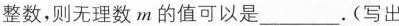
整数，则无理数m的值可以是___。(写出